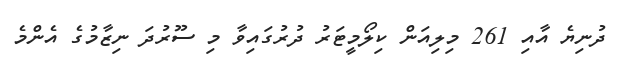
ދުނިޔެ އާއި 261 މިލިއަން ކިލޯމީޓަރު ދުރުގައިވާ މި ސޫރުދަ ނިޒާމުގެ އެންމެ